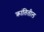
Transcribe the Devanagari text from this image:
क्रांतितील